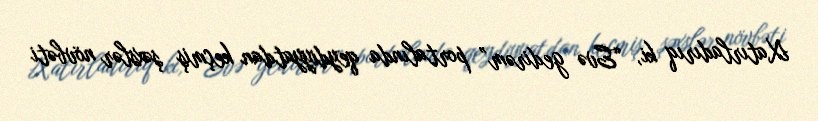
Xatırladırıq ki, “Evə gedirəm” portalında qeydiyyatdan keçmiş şəxslər növbəti